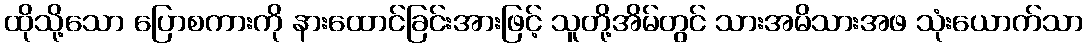
ထိုသို့သော ပြောစကားကို နားထောင်ခြင်းအားဖြင့် သူတို့အိမ်တွင် သားအမိသားအဖ သုံးယောက်သာ